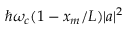
\hbar \omega _ { c } ( 1 - x _ { m } / L ) | a | ^ { 2 }